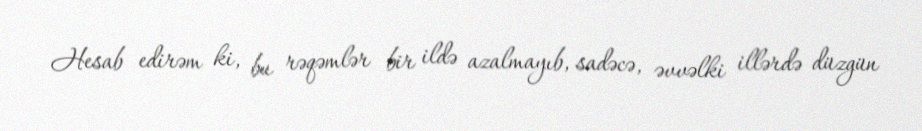
Hesab edirəm ki, bu rəqəmlər bir ildə azalmayıb, sadəcə, əvvəlki illərdə düzgün